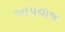
આપવાજ